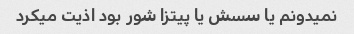
نمیدونم یا سسش یا پیتزا شور بود اذیت میکرد